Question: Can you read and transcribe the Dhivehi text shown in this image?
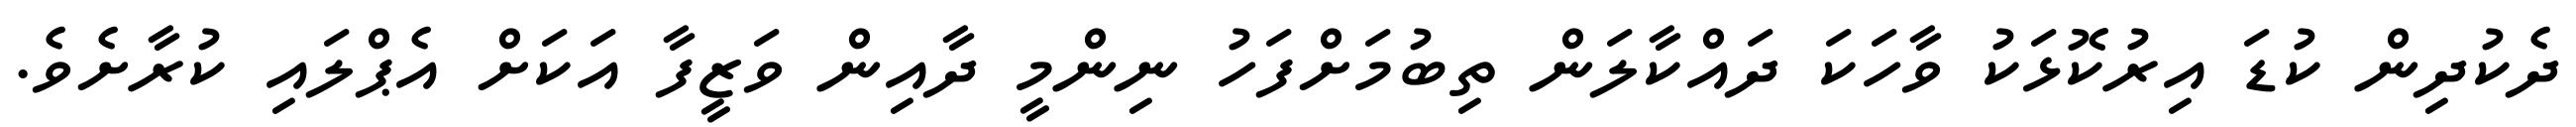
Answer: ދެކުދިން ކުޑަ އިރުކޮޅަކު ވާހަކަ ދައްކާލަން ތިބުމަށްފަހު ނިންމީ ދާއިން ވަޒީފާ އަކަށް އެޕްލައި ކުރާށެވެ.